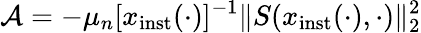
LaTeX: \mathcal{A}=-\mu_{n}\lbrack x_{\mathrm{inst}}(\cdot)\rbrack^{-1}\| S(x_{\mathrm{inst}}(\cdot),\cdot)\| _{2}^{2}